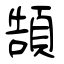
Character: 頶